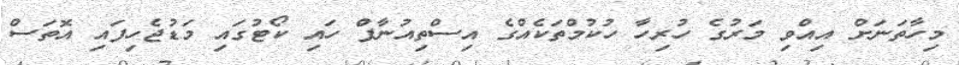
މިހާތަނަށް އިއްވި މަރުގެ ހުރިހާ ހުކުމްތަކެއްގެ އިސްތިއުނާފް ހައި ކޯޓުގައި މަޑުޖެހިފައި އޮތަސް